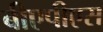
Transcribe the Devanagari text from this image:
बीएपीएस